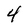
Character: 4